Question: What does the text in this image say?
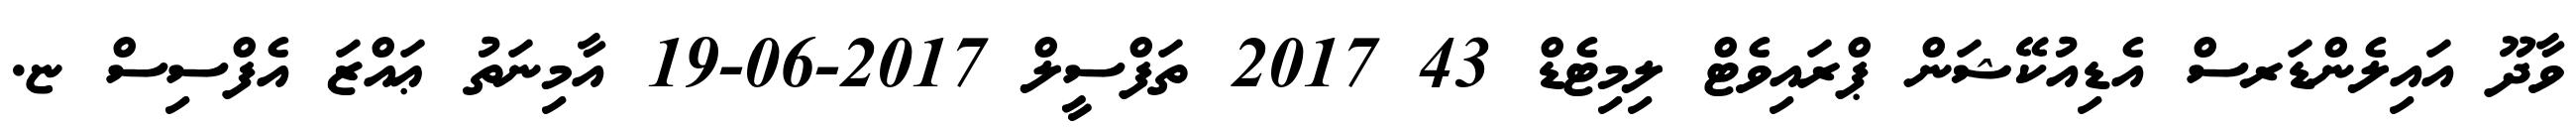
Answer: ވާދޫ އައިލެންޑަރސް އެޑިއުކޭޝަން ޕްރައިވެޓް ލިމިޓެޑް 43 2017 ތަފްސީލް 2017-06-19 އާމިނަތު ޢައްޒަ އެފްސިސް ޏ.